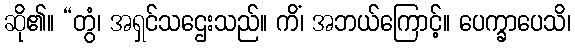
ဆို၏။ “တွံ၊ အရှင်သဌေးသည်။ ကိံ၊ အဘယ်ကြောင့်။ ပေက္ခာပေသိ၊